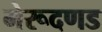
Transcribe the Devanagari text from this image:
मेरूदणड